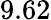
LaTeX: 9.62